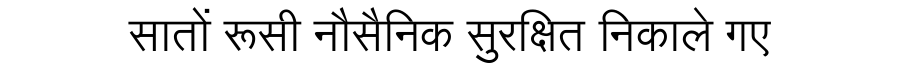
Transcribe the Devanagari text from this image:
सातों रूसी नौसैनिक सुरक्षित निकाले गए